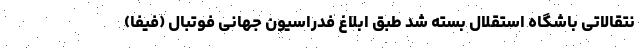
نتقالاتی باشگاه استقلال بسته شد طبق ابلاغ فدراسیون جهانی فوتبال (فیفا)